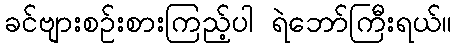
ခင်ဗျားစဉ်းစားကြည့်ပါ ရဲဘော်ကြီးရယ်။